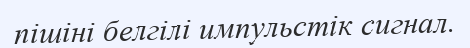
пішіні белгілі импульстік сигнал.